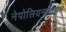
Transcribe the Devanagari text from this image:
नेपोलियनजाणत